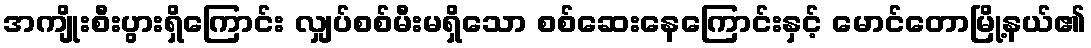
အကျိုးစီးပွားရှိကြောင်း လျှပ်စစ်မီးမရှိသော စစ်ဆေးနေကြောင်းနှင့် မောင်တောမြို့နယ်၏